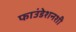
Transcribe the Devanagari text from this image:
फाउंडेशनशी